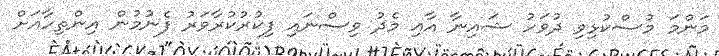
މަންމަ މުސްކުޅިވި ދުވަހު ޝައިނާ އާއި މެދު ވިސްނައި ފިކުރުކުރާވަރު ފެނުމުން އިންތިހާއަށް